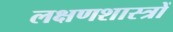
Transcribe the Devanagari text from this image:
लक्षणशास्त्रों